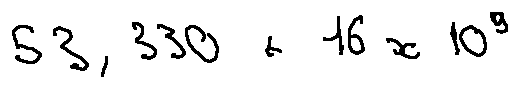
5 3 , 3 3 0 + 1 6 x 1 0 ^ { 9 }